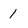
Character: 1